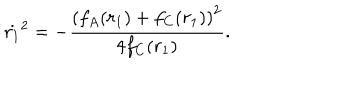
LaTeX: \dot { r _ { 1 } } ^ { 2 } = - \frac { \left( f _ { A } ( r _ { 1 } ) + f _ { C } ( r _ { 1 } ) \right) ^ { 2 } } { 4 f _ { C } ( r _ { 1 } ) } .